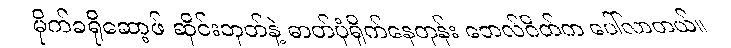
မိုက်ခရိုဆော့ဖ် ဆိုင်းဘုတ်နဲ့ ဓာတ်ပုံရိုက်နေတုန်း ဘေလ်ဂိတ်က ပေါ်လာတယ်။